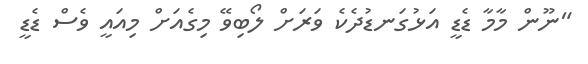
"ނޫން މާމާ ޑެޑީ އަޅުގަނޑުދެކެ ވަރަށް ލޯބިވޭ މިގެއަށް މިއައީ ވެސް ޑެޑީ